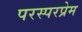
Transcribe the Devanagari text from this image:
परस्परप्रेम